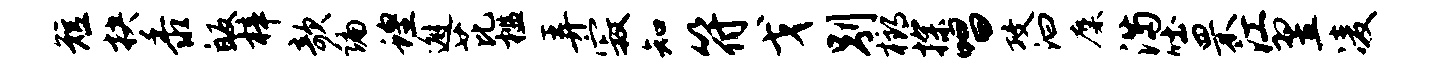
短抉黍皈梓欹编蝗邂芘槛弄寂知符戈别榔探唱攻汩麋满吐罘江翌凌